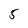
Character: 5